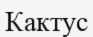
Кактус